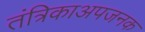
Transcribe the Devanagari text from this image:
तंत्रिकाअपजनक